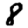
Digit: 8